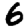
Digit: 6